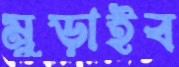
মুড়াইব